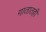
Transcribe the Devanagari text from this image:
गातातही